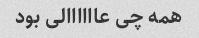
همه چی عاااااالی بود